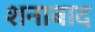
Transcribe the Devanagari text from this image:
शनाबाद